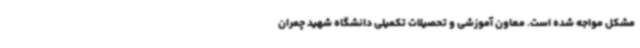
مشکل مواجه شده است. معاون آموزشی و تحصیلات تکمیلی دانشگاه شهید چمران